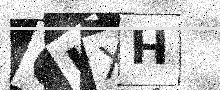
Text: GUXH